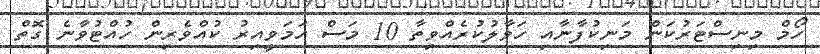
ހޯމް މިނިސްޓަރުކަން މަނިކުފާނާއި ހަވާލުކުރެއްވިތާ 10 މަސް ހަމަވީއިރު ކުއްވެރިން ހުއްޓުވާނެ ގޮތް